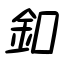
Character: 釦